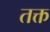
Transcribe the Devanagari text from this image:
तक्त